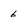
Character: 6